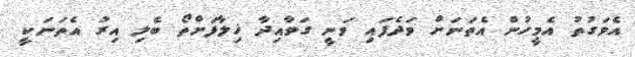
އެވަގުތު އެމީހުން އެތަނަށް ވަދެފައި ވަނީ ގަވާއިދާ ޚިލާފަށްތޯ ބެލި އިރު އެތަނަކީ